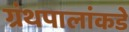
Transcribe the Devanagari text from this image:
ग्रंथपालांकडे